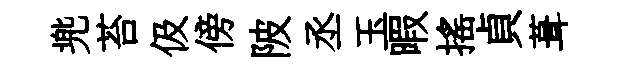
兠苔伋傍陂丞玉暇揺貞葺